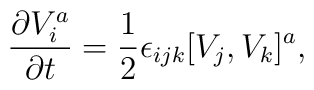
{\partial V_i^a \over \partial t} = {1\over 2} \epsilon_{ijk}[V_j,V_k]^a,